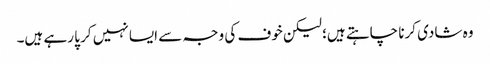
وہ شادی کرنا چاہتے ہیں؛ لیکن خوف کی وجہ سے ایسا نہیں کر پا رہے ہیں۔